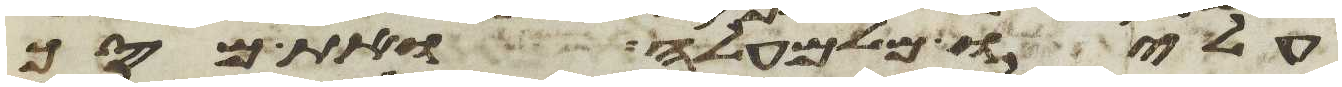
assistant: עליו מלמעלה ואת מסך